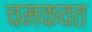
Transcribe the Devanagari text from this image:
चमकवत